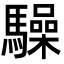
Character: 𮪚